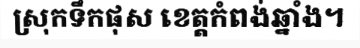
ស្រុកទឹកផុស ខេត្តកំពង់ឆ្នាំង។